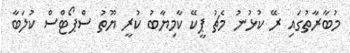
މުބާރާތުގައި ރޭ ކުޅުނު މެޗު ޕީކޭ ކާމިޔާބު ކުރީ ޔޫތު ސްޕޯޓްސް ކުލަބާ